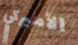
الأميركي